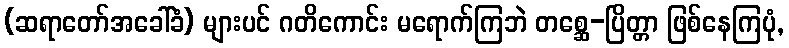
(ဆရာတော်အခေါ်ခံ) များပင် ဂတိကောင်း မရောက်ကြဘဲ တစ္ဆေ-ပြိတ္တာ ဖြစ်နေကြပုံ,